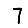
Digit: 7